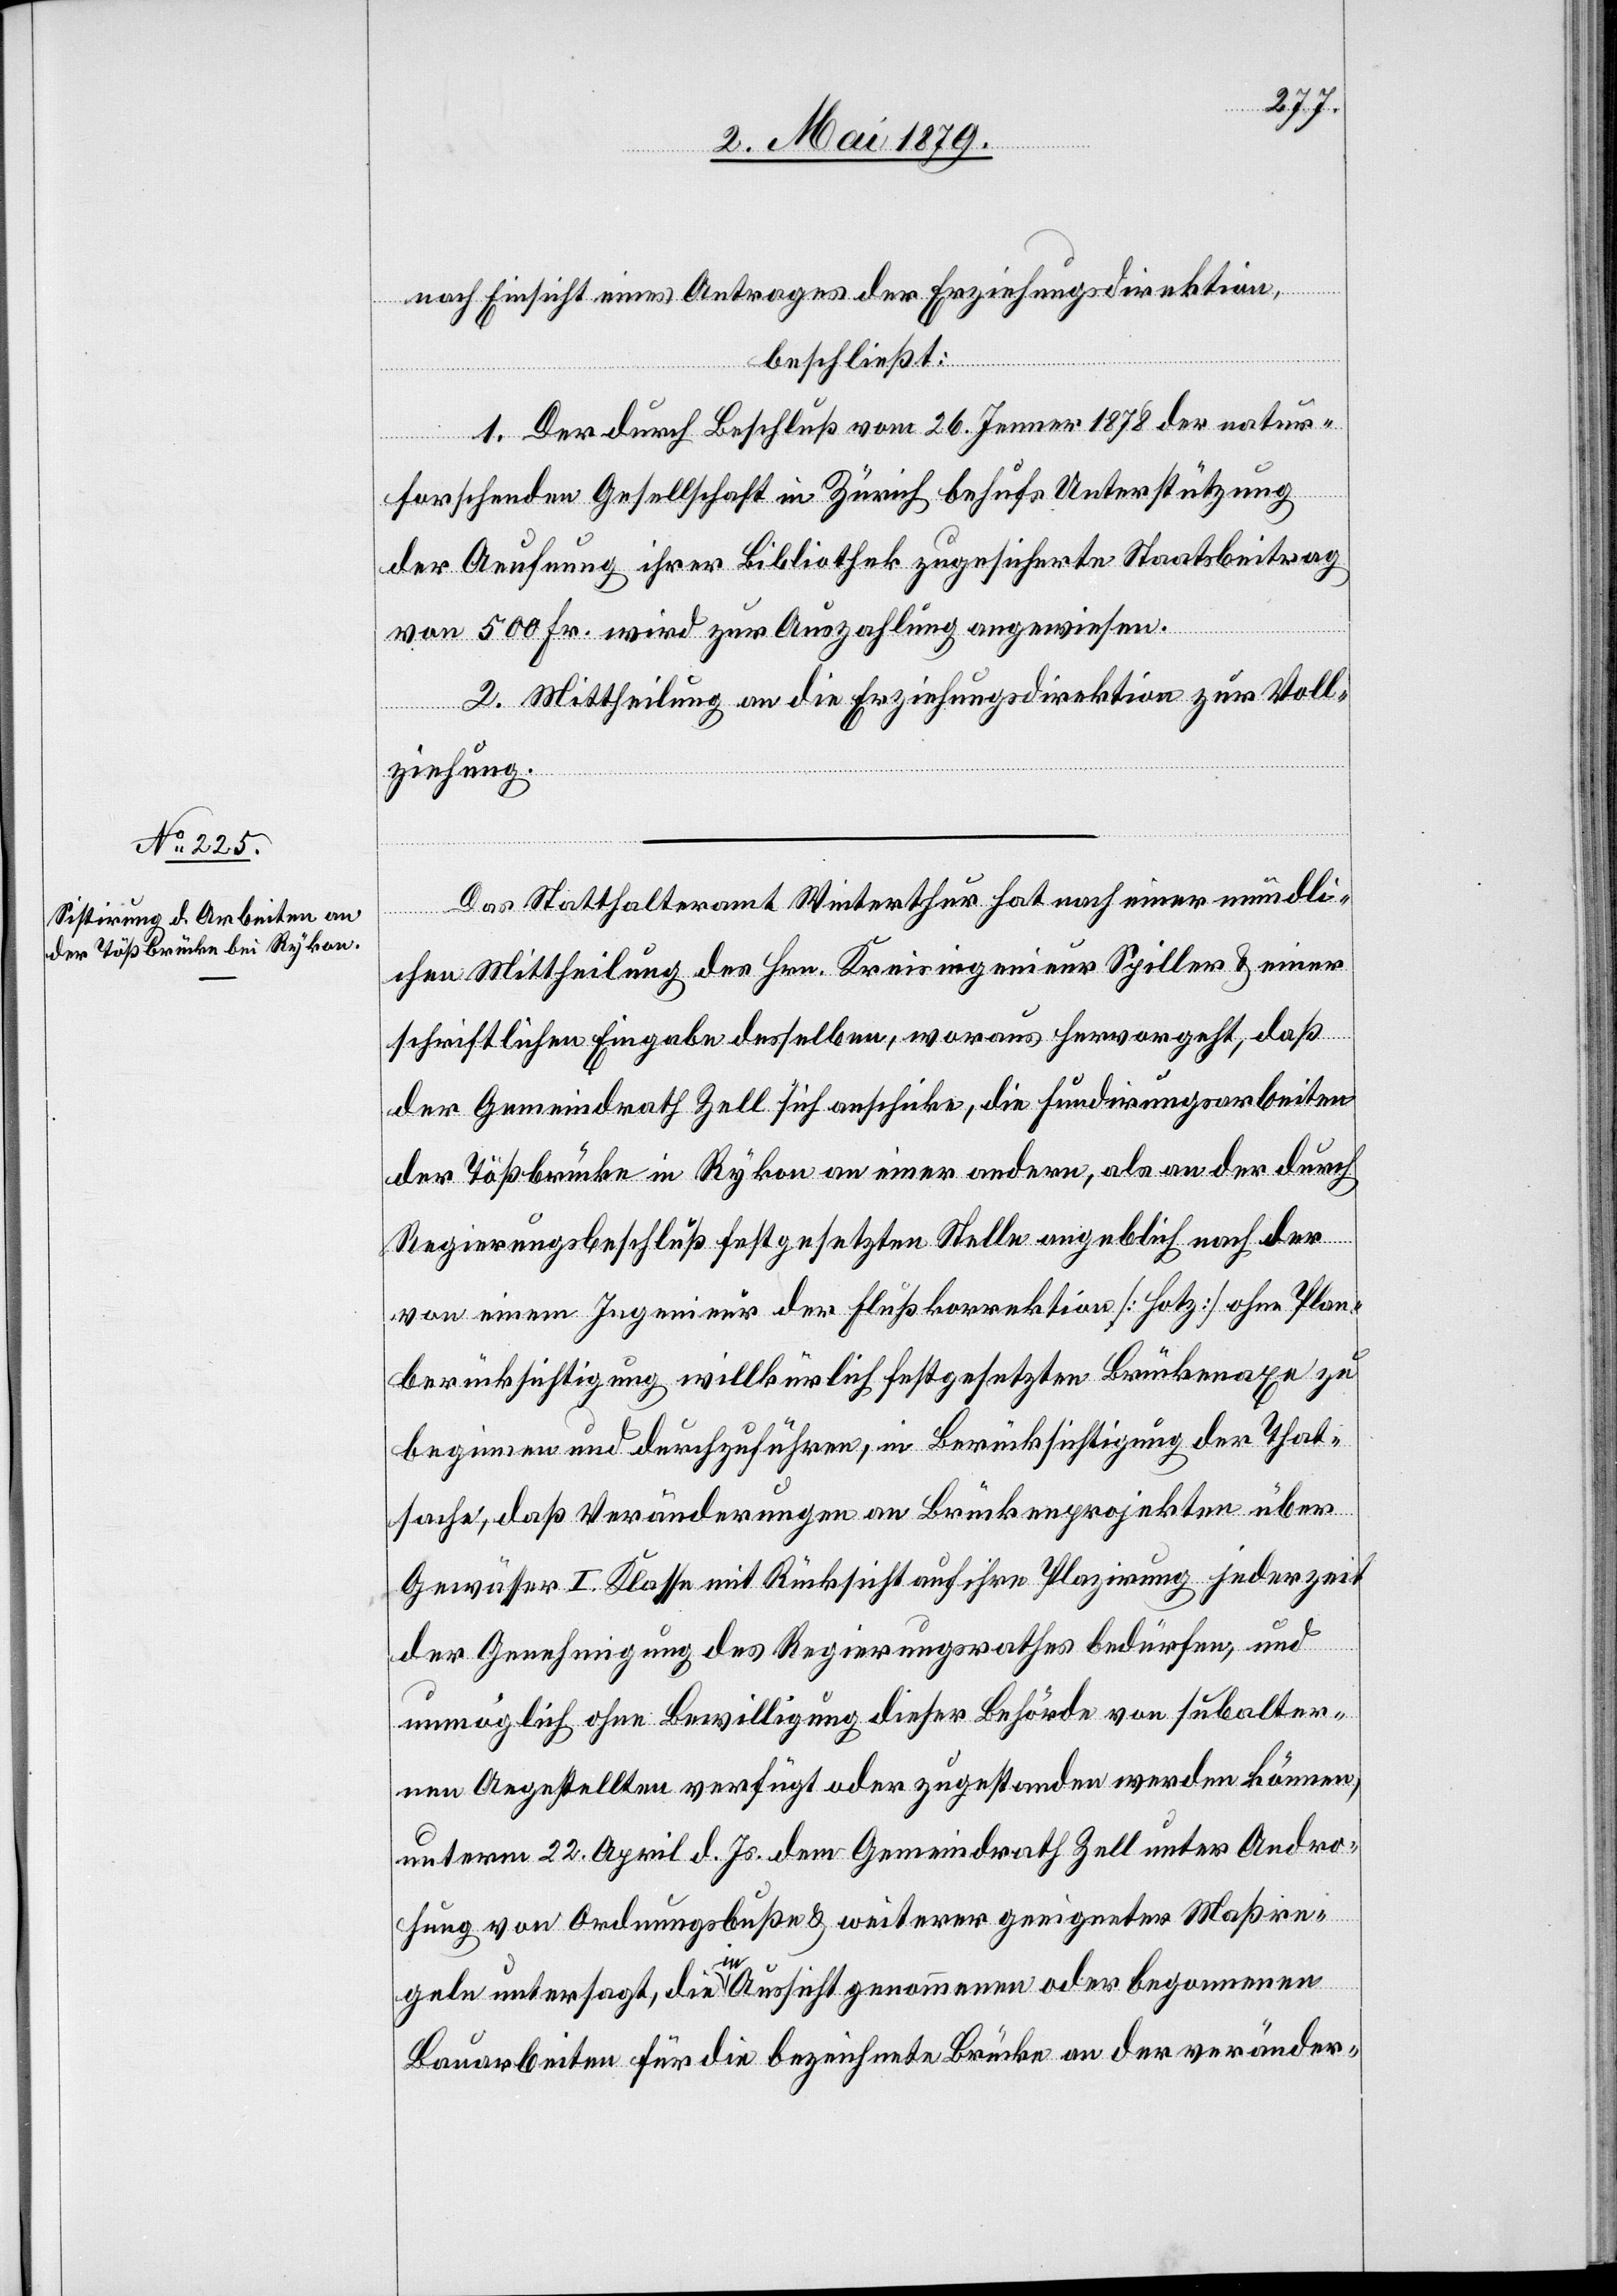
nach Einsicht eines Antrages der Erziehungsdirektion,
beschließt:
1. Der durch Beschluß vom 26. Jenner 1878 der natur¬
forschenden Gesellschaft in Zürich behufs Unterstützung
der Aeufnung ihrer Bibliothek zugesicherte Staatsbeitrag
von 500 Fr. wird zur Auszahlung angewiesen.
2. Mittheilung an die Erziehungsdirektion zur Voll¬
ziehung.
Das Statthalteramt Winterthur hat nach einer mündli¬
chen Mittheilung des Hrn. Kreisingenieur Spiller & einer
schriftlichen Eingabe desselben, woraus hervorgeht, daß
der Gemeindrath Zell sich anschicke, die Fundirungsarbeiten
der Tößbrücke in Rykon an einer andern, als an der durch
Regierungsbeschluß festgesetzten Stelle angeblich nach der
von einem Ingenieur der Flußkorrektion [Hotz] ohne Plan¬
berücksichtigung willkürlich festgesetzten Brückenaxe zu
beginnen und durchzuführen, in Berücksichtigung der That¬
sache, daß Veränderungen an Brückenprojekten über
Gewässer I. Klasse mit Rücksicht auf ihre Plazirung jederzeit
der Genehmigung des Regierungsrathes bedürfen, und
unmöglich ohne Bewilligung dieser Behörde von subalter¬
nen Angestellten verfügt oder zugestanden werden können,
unterm 22. April d. Js. dem Gemeindrath Zell unter Andro¬
hung von Ordnungsbuße & weiterer geeigneter Maßre¬
geln untersagt, die in Aussicht genommenen oder begonnenen
Bauarbeiten für die bezeichnete Brücke an der veränder-